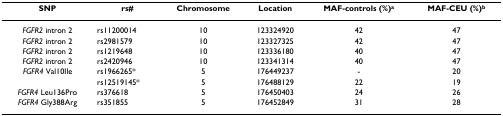
<table><thead><tr><td><b>SNP</b></td><td><b>rs#</b></td><td><b>Chromosome</b></td><td><b>Location</b></td><td><b>MAF-controls (%)<sup>a</sup></b></td><td><b>MAF-CEU (%)<sup>b</sup></b></td></tr></thead><tbody><tr><td><i>FGFR2 </i>intron 2</td><td>rs11200014</td><td>10</td><td>123324920</td><td>42</td><td>47</td></tr><tr><td><i>FGFR2 </i>intron 2</td><td>rs2981579</td><td>10</td><td>123327325</td><td>42</td><td>47</td></tr><tr><td><i>FGFR2 </i>intron 2</td><td>rs1219648</td><td>10</td><td>123336180</td><td>40</td><td>47</td></tr><tr><td><i>FGFR2 </i>intron 2</td><td>rs2420946</td><td>10</td><td>123341314</td><td>40</td><td>47</td></tr><tr><td><i>FGFR4 </i>Val10Ile</td><td>rs1966265*</td><td>5</td><td>176449237</td><td>-</td><td>20</td></tr><tr><td></td><td>rs12519145*</td><td>5</td><td>176488129</td><td>22</td><td>19</td></tr><tr><td><i>FGFR4 </i>Leu136Pro</td><td>rs376618</td><td>5</td><td>176450403</td><td>24</td><td>26</td></tr><tr><td><i>FGFR4 </i>Gly388Arg</td><td>rs351855</td><td>5</td><td>176452849</td><td>31</td><td>28</td></tr></tbody></table>